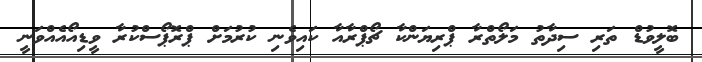
ބޮލީވުޑް ތަރި ސިދާތު މަލޯތްރާ ޕްރިޔަންކާ ޗޯޕްރާއާ ކައިވެނި ކުރުމަށް ޕްރޮޕޯސްކުރާ ވީޑިއޯއެއްވަނީ